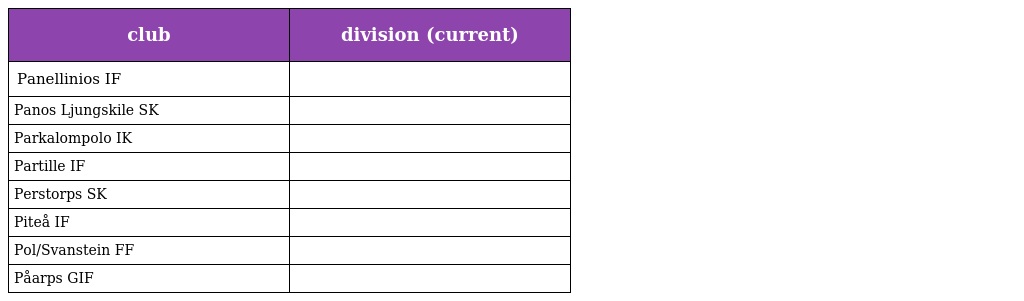
| club | division (current) |
 | --- | --- |
 | Panellinios IF |  |
 | Panos Ljungskile SK |  |
 | Parkalompolo IK |  |
 | Partille IF |  |
 | Perstorps SK |  |
 | Piteå IF |  |
 | Pol/Svanstein FF |  |
 | Påarps GIF |  |